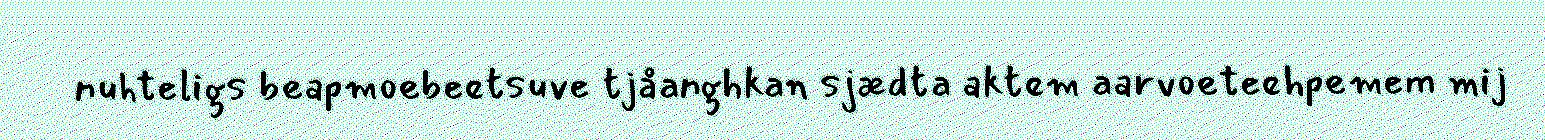
nuhteligs beapmoebeetsuve tjåanghkan sjædta aktem aarvoeteehpemem mij